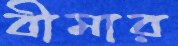
বীমার